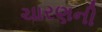
ચારણની